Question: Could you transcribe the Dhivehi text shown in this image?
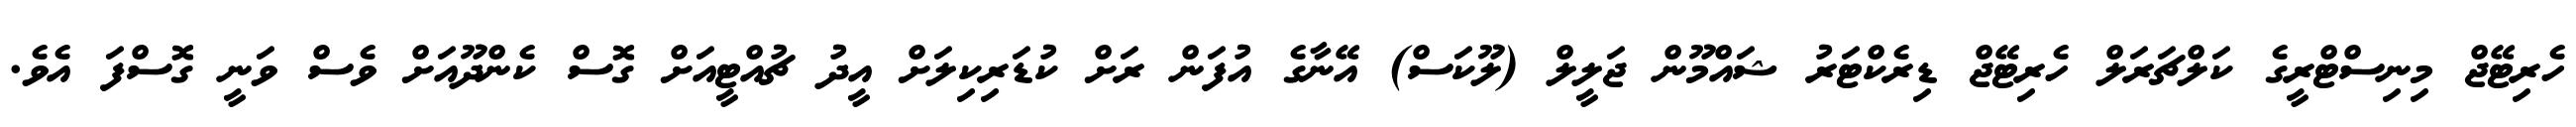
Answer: ހެރިޓޭޖް މިނިސްޓްރީގެ ކަލްޗަރަލް ހެރިޓޭޖް ޑިރެކްޓަރު ޝައްމޫން ޖަލީލް (ލޫކަސް) އޭނާގެ އުފަން ރަށް ކުޑަރިކިލަށް އީދު ޗުއްޓީއަށް ގޮސް ކެންދޫއަށް ވެސް ވަނީ ގޮސްފަ އެވެ.